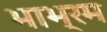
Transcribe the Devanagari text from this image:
भाभ्रम